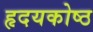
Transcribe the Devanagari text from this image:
हृदयकोष्ठ